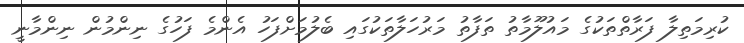
ކުރިމަތިލާ ފަރާތްތަކުގެ މައުލޫމާތު ތަފާތު މަރުހަލާތަކުގައި ބެލުމަށްފަހު އެންމެ ފަހުގެ ނިންމުން ނިންމާނީ